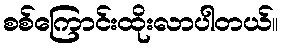
စစ်ကြောင်းထိုးလာပါတယ်။